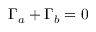
\Gamma _ { a } + \Gamma _ { b } = 0